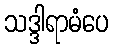
သဒ္ဒါရာမံပေ